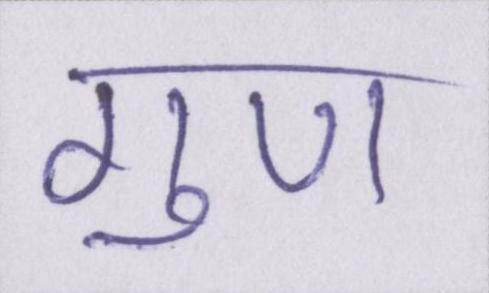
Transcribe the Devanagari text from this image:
गुण